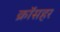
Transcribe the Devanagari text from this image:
क्रॉसहर